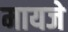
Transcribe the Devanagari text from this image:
मायजे